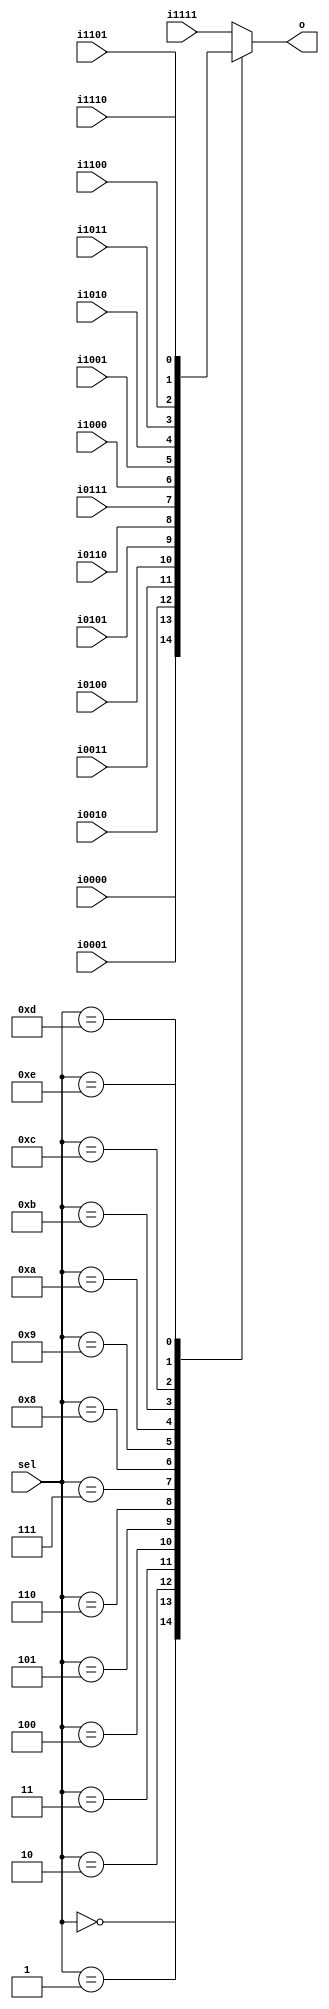
// This program was cloned from: https://github.com/drom/quark
// License: MIT License

module mux16 #( parameter W = 1 ) (
    sel,
    i1111,
    i1110,
    i1101,
    i1100,
    i1011,
    i1010,
    i1001,
    i1000,
    i0111,
    i0110,
    i0101,
    i0100,
    i0011,
    i0010,
    i0001,
    i0000,
    o
);

input [3:0] sel;
input [W-1:0]
    i1111,
    i1110,
    i1101,
    i1100,
    i1011,
    i1010,
    i1001,
    i1000,
    i0111,
    i0110,
    i0101,
    i0100,
    i0011,
    i0010,
    i0001,
    i0000;

output [W-1:0] o;

reg [W-1:0] o;

always @ (
    sel,
    i1111,
    i1110,
    i1101,
    i1100,
    i1011,
    i1010,
    i1001,
    i1000,
    i0111,
    i0110,
    i0101,
    i0100,
    i0011,
    i0010,
    i0001,
    i0000
) begin
    case (sel)
    0:  o = i0000;
    1:  o = i0001;
    2:  o = i0010;
    3:  o = i0011;
    4:  o = i0100;
    5:  o = i0101;
    6:  o = i0110;
    7:  o = i0111;
    8:  o = i1000;
    9:  o = i1001;
    10: o = i1010;
    11: o = i1011;
    12: o = i1100;
    13: o = i1101;
    14: o = i1110;
    default o = i1111;
    endcase
end

endmodule